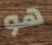
هو